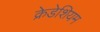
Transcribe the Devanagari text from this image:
क्रेडेशियम